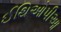
ઈથિઓપીઆ